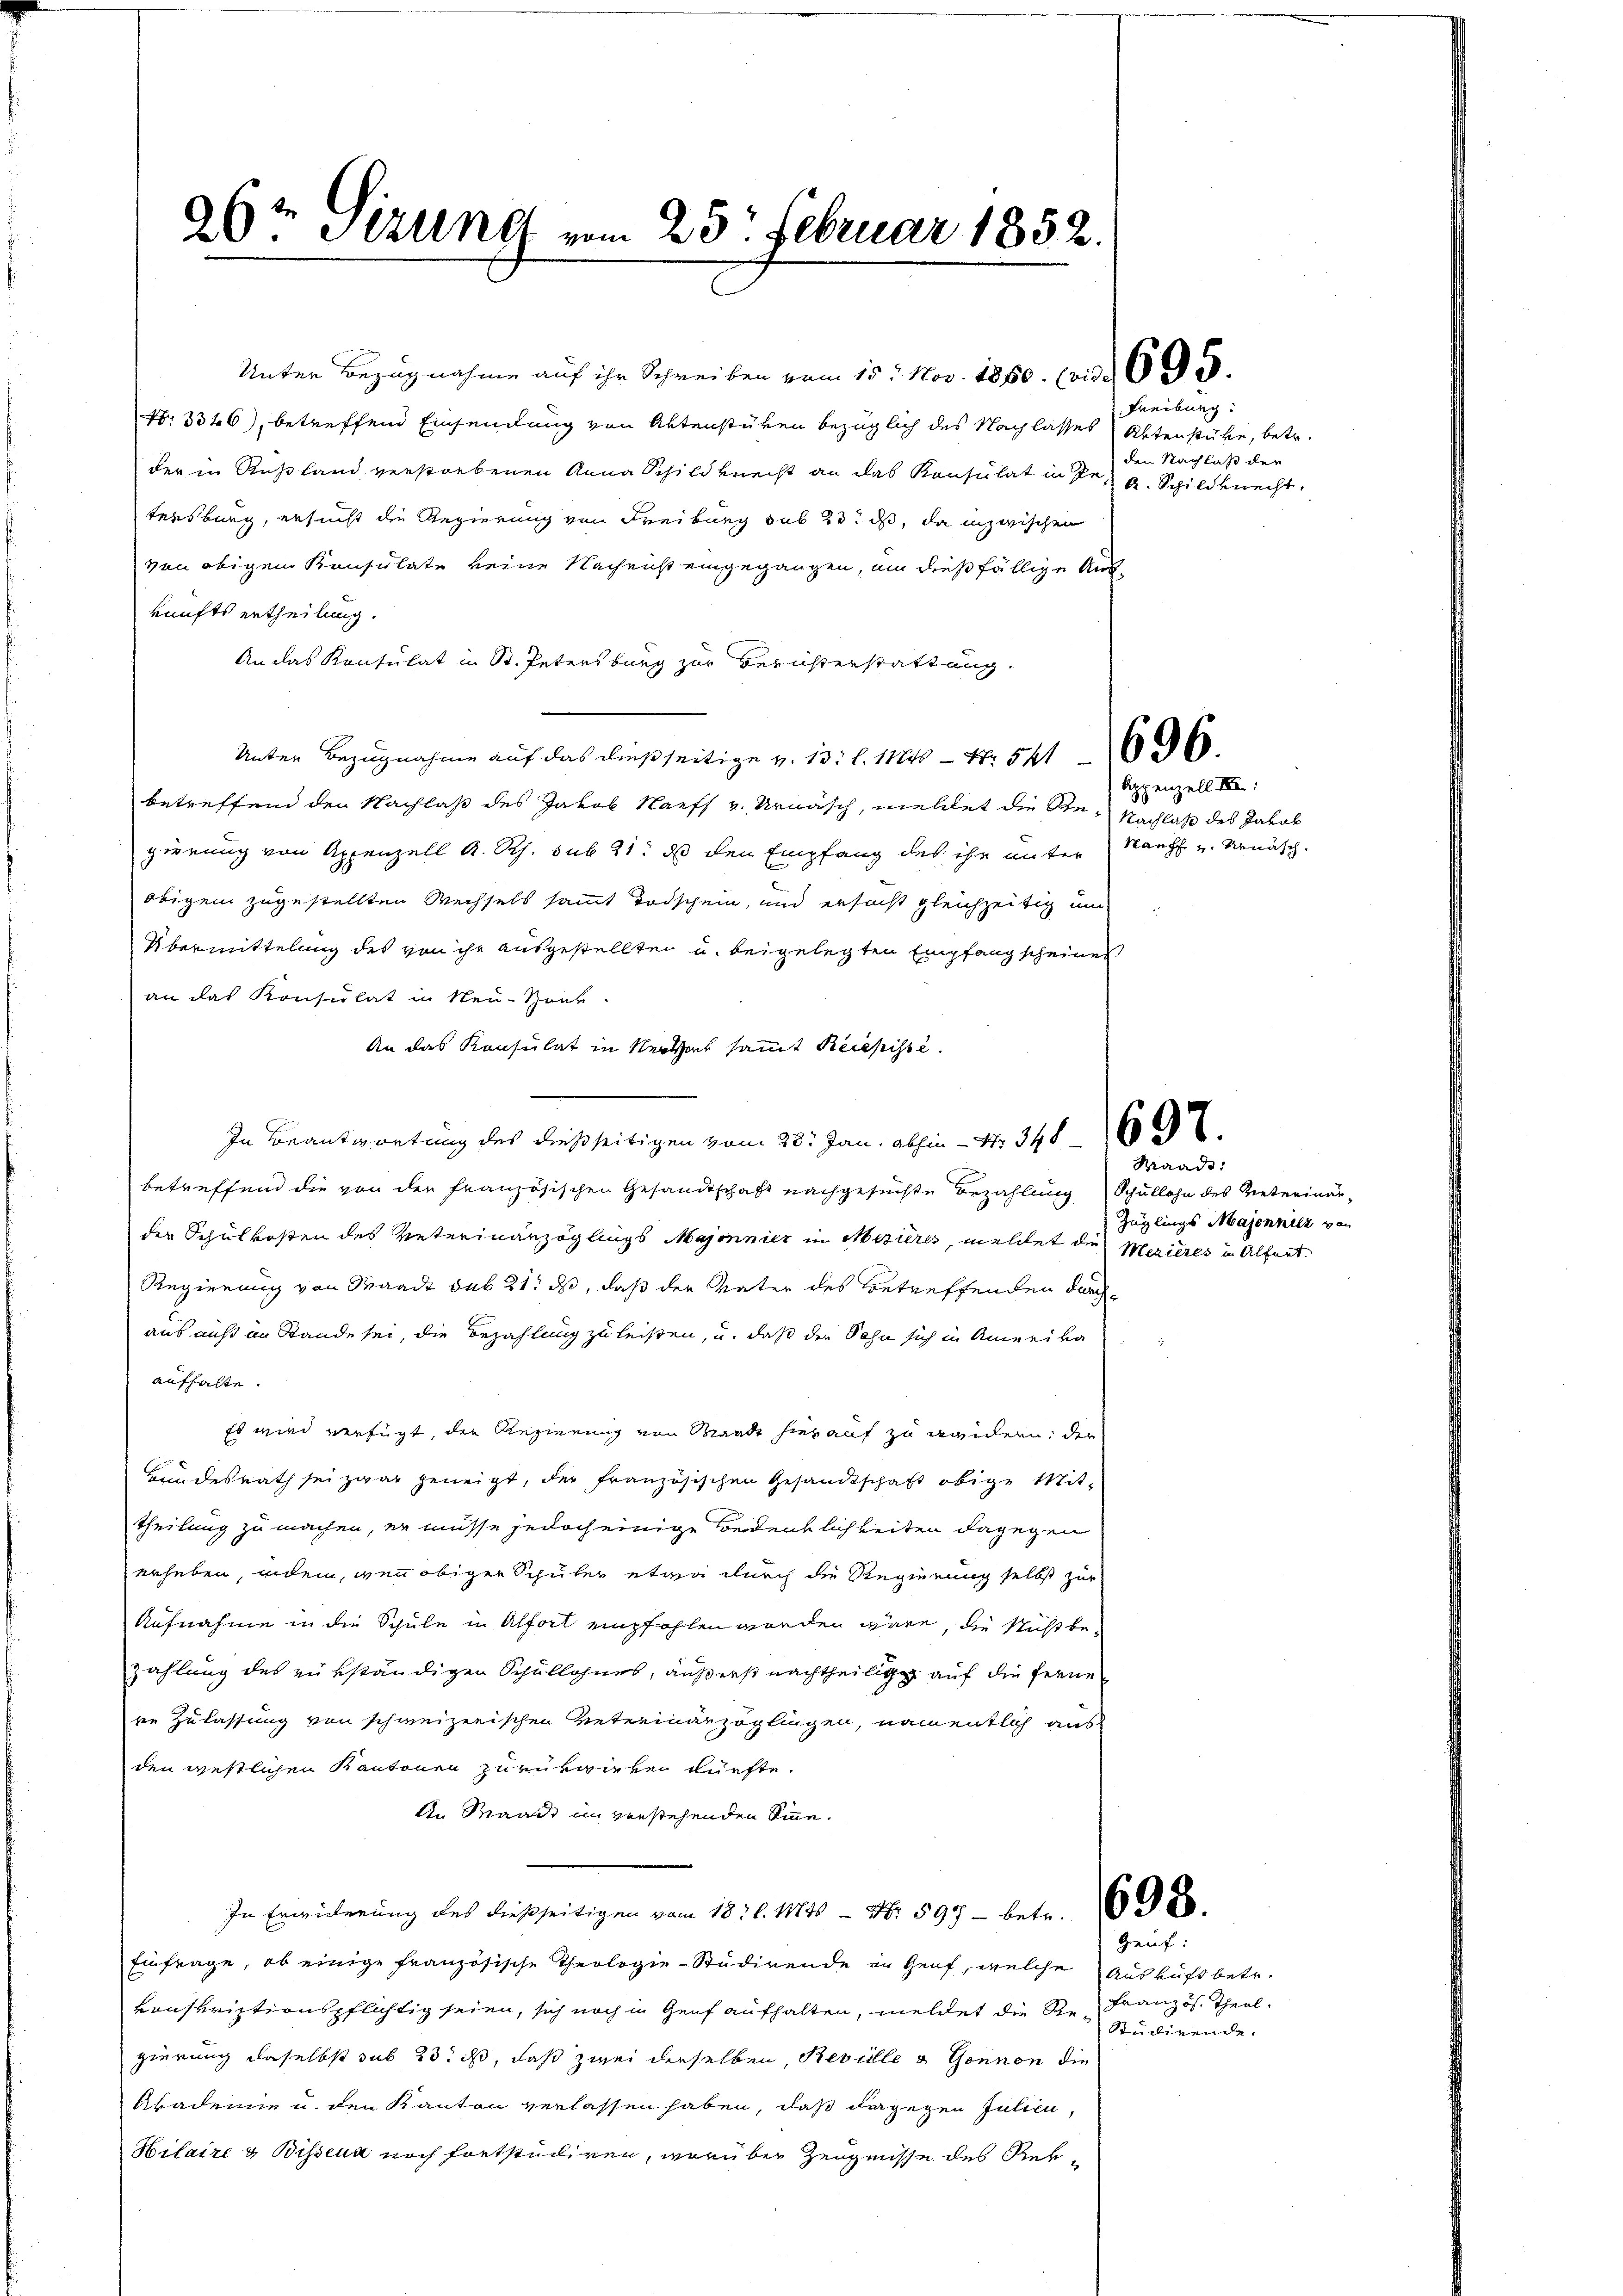
26t Sizung vom 25. Februar 1852.

No 3346), betreffend Einsendung von Aktenstüren bezüglich des Nachlasses Aktenstube, betr.
der in Rußland verstorbenen Anna Schildknecht an das Konsulat in Dr A. Schildknecht.
tersburg, ersucht die Regierung von Freiburg sub 23. ds, da inzwischen
von obigem Konsulate keine Nachricht eingegangen, um dießfällige Aus-
kunfts ertheilung.
An das Kontulat in St. Petersburg zur Berichterstattung
Unter Bezugnahme auf das dießseitige v. 13. l. 1146 - 4. 541
betreffend den Nachlaß des Jakob Naeff v. Urnasch, meldet die Re- Nachlaß des Jakob
prörung von Appenzell A. Rh. sub 21. ds den Empfang des ihr unter Rauch und Renäsch.
obigem zugestellten Wechsels sammt Todschein, und ersucht gleichzeitig und
Übermittelung des von ihr ausgestellten u. beigelegten Empfang scheines
an das Konsulat in Neu-Sonk-
An das Konsulat in Verthal samt Reichisse.
In Beantwortung des dießseitigen vom 28. Jan. abhin - No 348
betreffend die von der französischen Gesandtschaft nachgesuchte Bezahlung Schullohn des Veterinärder Schulkosten des Veterinanzöglings Majonnier in Mezières, meldet die Merieres in Alfert.
Regierung von Waadt sub 21. ds, daß der Vater des betreffenden durchaus nicht im Stande sei, die Bezahlung zu leisten, u. daß der Sohn sich in Amerika
aufhalte.
Es wird verfügt, die Regierung von Waadt hierauf zu wandern, der
Hundesrath sei zwar geneigt, der französischen Gesandtschaft obige Mittheilung zu machen, er müsse jedoch einige Bedenklichkeiten dagegen
erheben, indem, wenn obiger Schüler etwa durch die Regierung selbst zur
Aufnahme in die Schule in Alfort empfohlen worden wäre, die sicht be-
zahlung des rükständigen Schullohnes, äußerst nachtheilig auf die ferne
re Zulassung von schweizerischen Unterinärzöglingen, namentlich aus
den gestlichen Kantonen zurükwirken dürfte.
An Waadt im verstehenden Sinne.
In Erwiederung des dießseitigen vom 18 t l. 11845 N. 597 betr. 698.
Einfrage, ob einige französische Theologie-Studirende in Genf, welche Ausruft betr.
vonskriptionspflichtig seien, sich noch in Genf aufhalten, meldet die Re-Französ. Theol.
gierung daselbst sub 23 ist, daß zwei derselben, Reville u Gönnon die
Akademie u. den Kanton verlassen haben, daß dagegen Julieu,
Hilaire & Bisseur noch fortstudiren, worüber Zeugnisse des Rek¬

Unter Bezugnahme auf ihr Schreiben vom 15. Nov. 1850. (vid  690.

Freiburg.
den Nachlaß der

Appenzell III:

Maad:
Züglings Majenhilz von

Gauf:
Studirende.